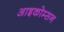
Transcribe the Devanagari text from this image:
आइकोम्सन